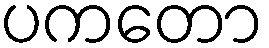
ပကတော